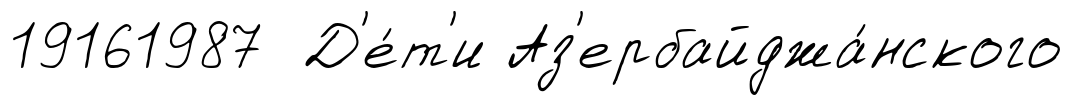
19161987 Д'е́т'и Аз'ербайджа́нского